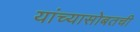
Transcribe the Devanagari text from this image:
यांच्यासोबतची